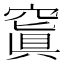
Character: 𥧑